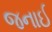
જનાઈ